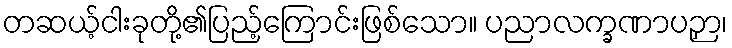
တဆယ့်ငါးခုတို့၏ပြည့်ကြောင်းဖြစ်သော။ ပညာလက္ခဏာပဉှာ၊